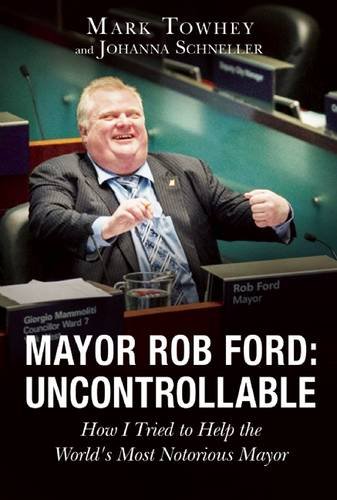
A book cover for Mayor Rob Ford: Uncontrollable: How I Tried to Help the World's Most Notorious Mayor; Mark Towhey; Biographies & Memoirs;